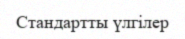
Стандартты үлгілер